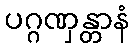
ပဂ္ဂဏှန္တာနံ